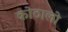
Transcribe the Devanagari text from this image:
कोठालो